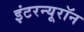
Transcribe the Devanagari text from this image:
इंटरन्यूरॉन